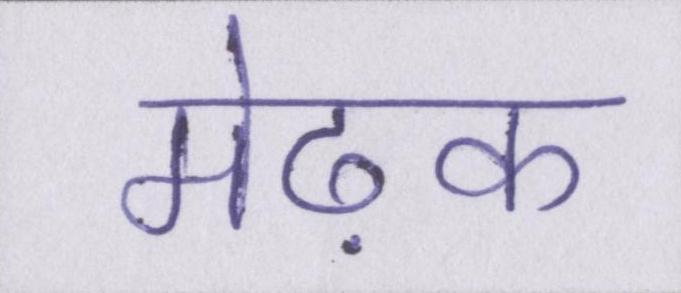
मेढ़क